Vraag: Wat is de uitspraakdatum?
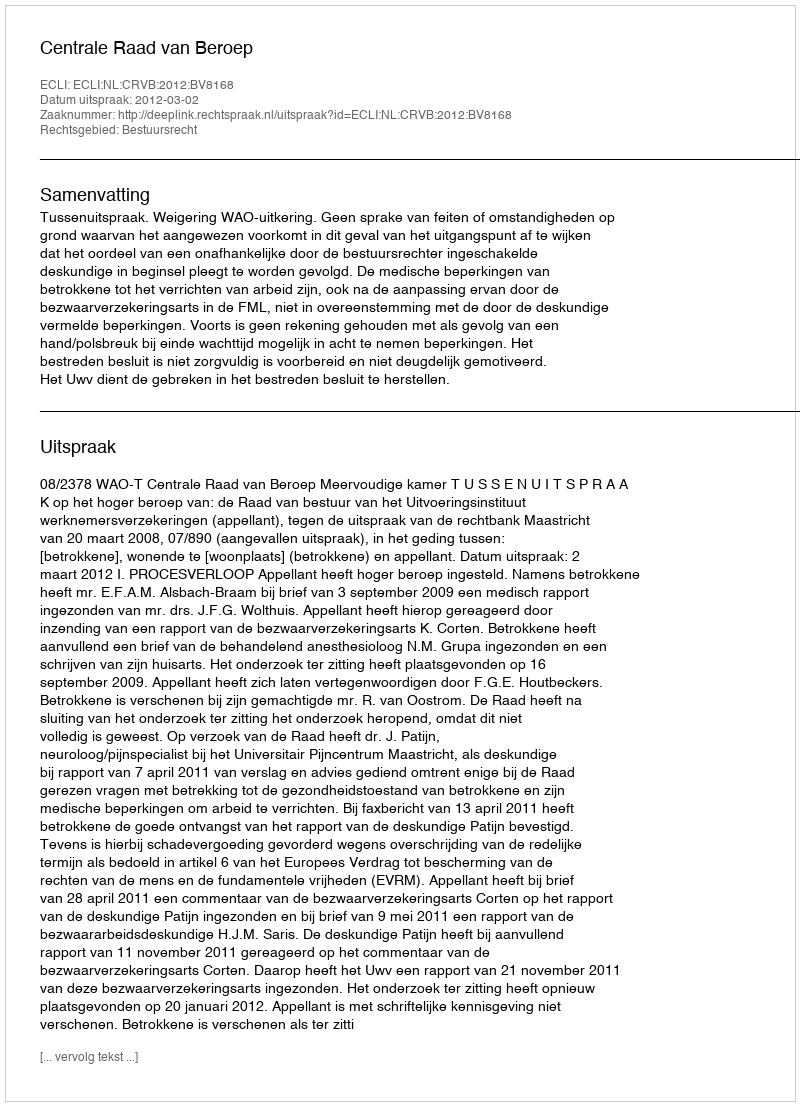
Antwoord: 2012-03-02